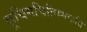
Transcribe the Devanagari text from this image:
कूचिमचितिम्मकवि